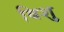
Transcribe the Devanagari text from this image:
बिशु